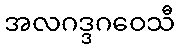
အလဂဒ္ဒဂဝေသီ